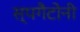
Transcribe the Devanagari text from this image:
स्पगैटोनी